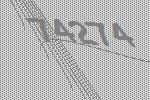
74274